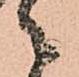
々